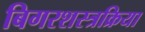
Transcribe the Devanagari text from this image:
बिगरशस्त्रक्रिया